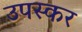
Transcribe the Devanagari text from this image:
उपस्‍कर